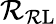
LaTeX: \mathcal{R}_{\mathrm{{\mathcal{R}L}}}